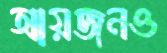
আয়জনও